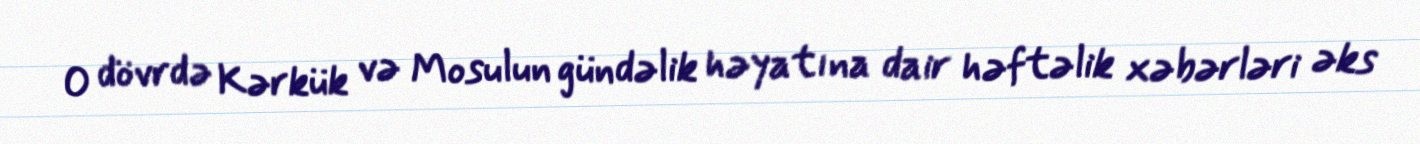
O dövrdə Kərkük və Mosulun gündəlik həyatına dair həftəlik xəbərləri əks